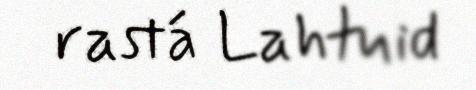
rastá Lahtuid